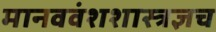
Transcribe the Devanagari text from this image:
मानववंशशास्त्रज्ञच